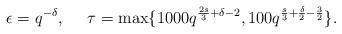
LaTeX: \begin{align*} \epsilon= q^{- \delta}, \,\,\,\,\,\,\,\, \tau= \max \{ 1000q^{\frac{2s}{3}+\delta-2}, 100 q^{\frac{s}{3}+\frac{\delta}{2}-\frac{3}{2} }\}.\end{align*}